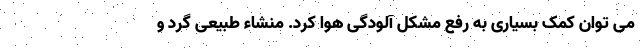
می توان کمک بسیاری به رفع مشکل آلودگی هوا کرد. منشاء طبیعی گرد و